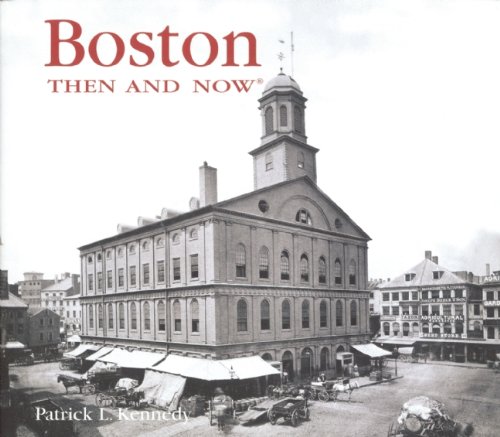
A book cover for Boston Then and Now (Then & Now Thunder Bay); Patrick L. Kennedy; History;